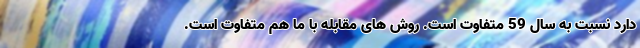
دارد نسبت به سال 59 متفاوت است. روش های مقابله با ما هم متفاوت است.